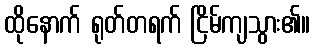
ထိုနောက် ရုတ်တရက် ငြိမ်ကျသွား၏။